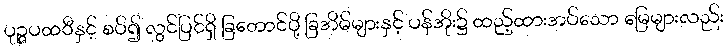
ပုဉ္ဇပထဝီနှင့် စပ်၍ လွင်ပြင်ရှိ ခြတောင်ပို့ ခြအိမ်များနှင့် ပန်အိုး၌ ထည့်ထားအပ်သော မြေများလည်း